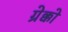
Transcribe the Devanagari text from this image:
ग्रेक्को